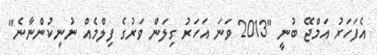
އެފަހަރު އަމްޖޭ ބުނީ "2013 ވަނަ އަހަރު ގިލަން ވަރުގެ ފިލްމެއް ނުނިކުންނާނެ"